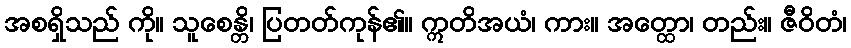
အစရှိသည် ကို။ သူစေန္တိ၊ ပြတတ်ကုန်၏။ ဣတိအယံ၊ ကား။ အတ္ထော၊ တည်း။ ဇီဝိတံ၊